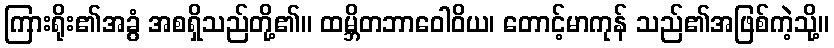
ကြားရိုး၏အခွံ အစရှိသည်တို့၏။ ထမ္ဘိတဘာဝေါဝိယ၊ တောင့်မာကုန် သည်၏အဖြစ်ကဲ့သို့။